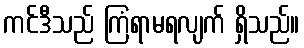
ကင်ဒီသည် ကြံရာမရလျက် ရှိသည်။